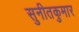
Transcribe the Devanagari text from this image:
सुनीतकुमार